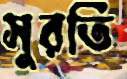
সুরতি